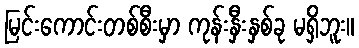
မြင်းကောင်းတစ်စီးမှာ ကုန်းနှီးနှစ်ခု မရှိဘူး။